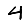
Digit: 4